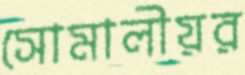
সোমালীয়র